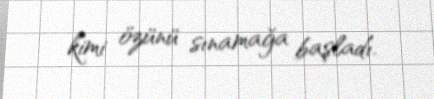
kimi özünü sınamağa başladı.